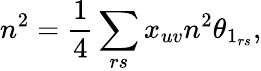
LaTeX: n^{2}=\frac{1}{4}\sum_{rs}x_{uv}n^{2}\theta_{1_{rs}},